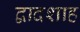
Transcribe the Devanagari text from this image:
द्वादशाह